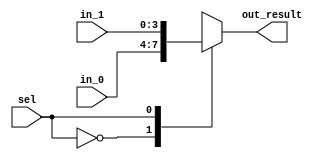
module FourBitMux(

	input [3:0] in_0 , // Mux first input
	input [3:0] in_1 , // Mux second input
	input sel, // Select Bit
	output reg [3:0] out_result
);


//Code

always @ (sel or in_0 or in_1)
begin: MUX

case(sel) 
     1'b0 : out_result = in_0;
     1'b1 : out_result = in_1;
  endcase
 end
 
 endmodule